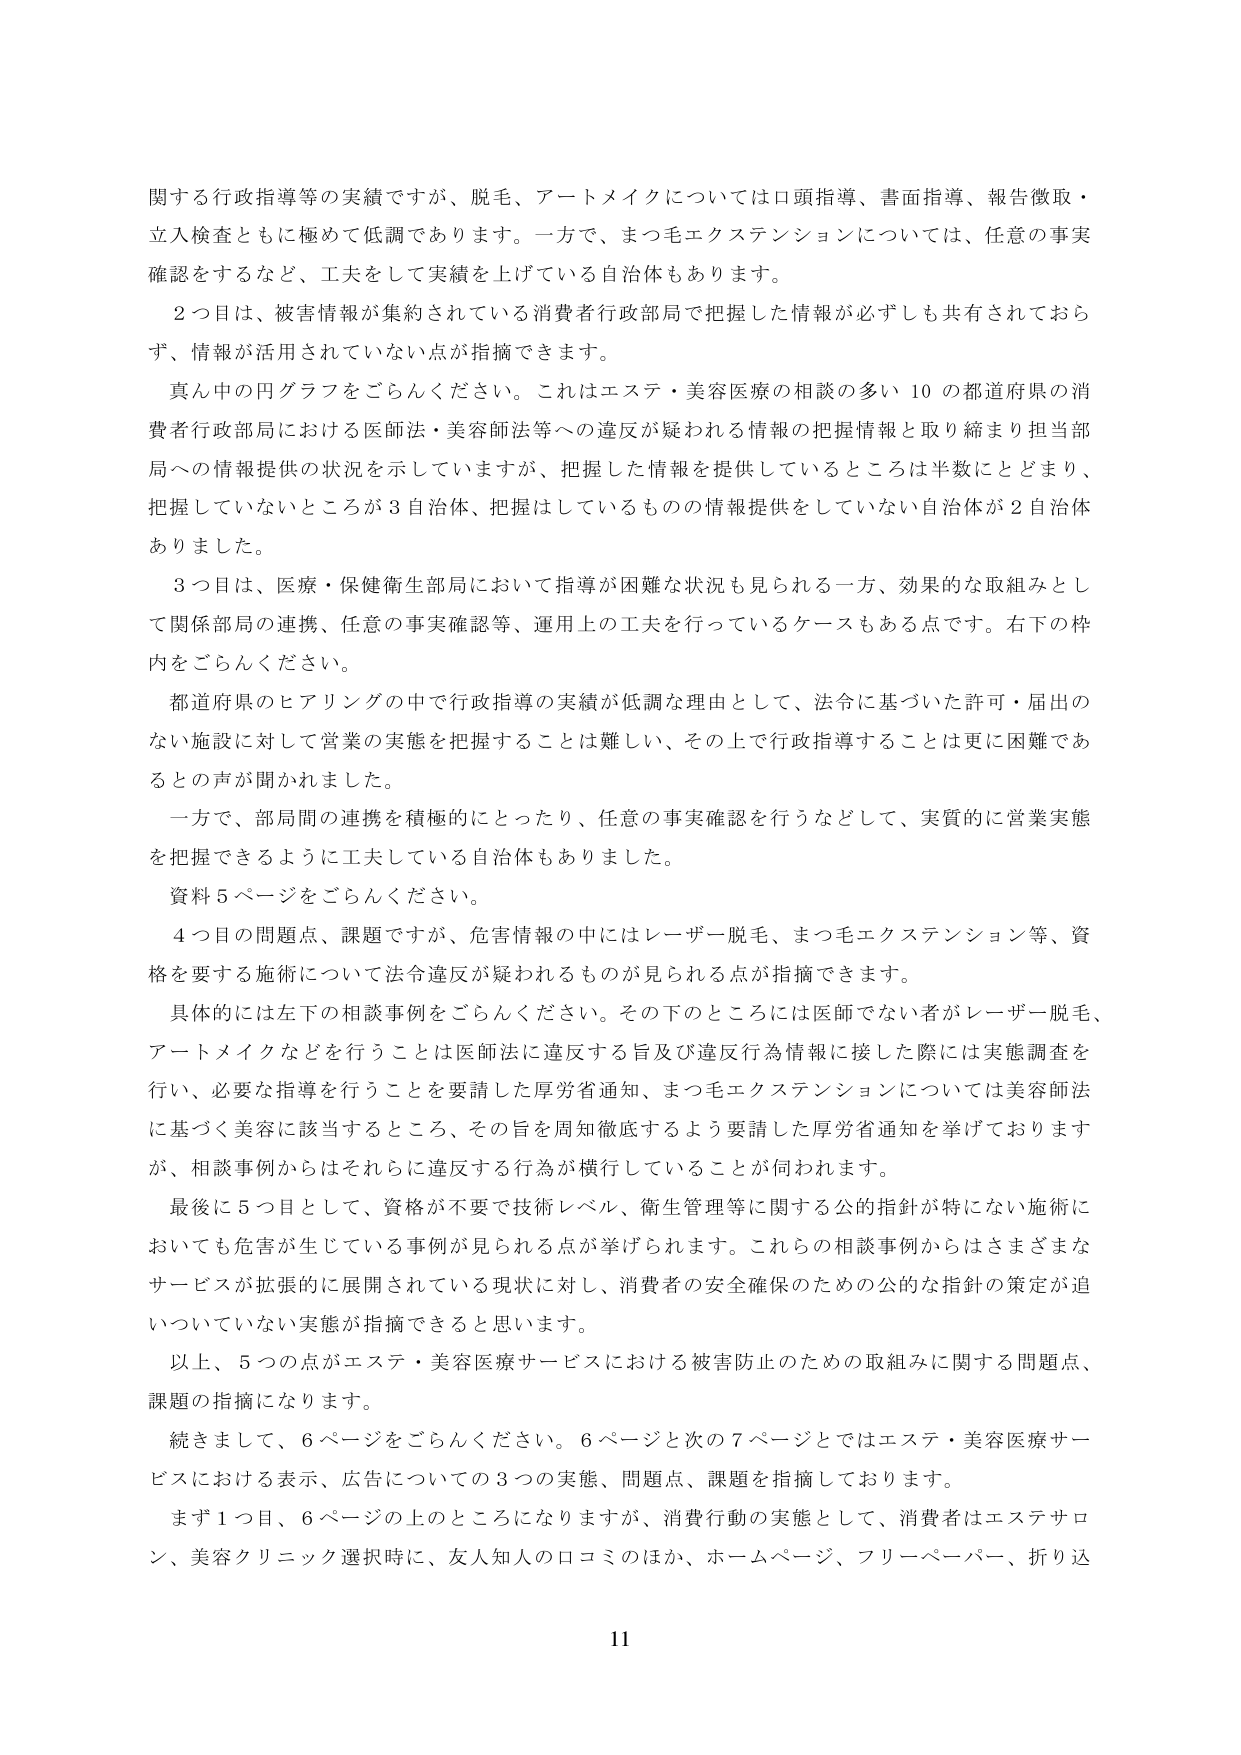
関する行政指導等の実績ですが、脱毛、アートメイクについては口頭指導、書面指導、報告徴取・立入検査ともに極めて低調であります。一方で、まつ毛エクステンションについては、任意の事実確認をするなど、工夫をして実績を上げている自治体もあります。

２つ目は、被害情報が集約されている消費者行政部局で把握した情報が必ずしも共有されておらず、情報が活用されていない点が指摘できます。

真ん中の円グラフをごらんください。これはエステ・美容医療の相談の多い10の都道府県の消費者行政部局における医師法・美容師法等への違反が疑われる情報の把握情報と取り締まり担当部局への情報提供の状況を示していますが、把握した情報を提供しているところは半数にとどまり、把握していないところが3自治体、把握はしているものの情報提供をしていない自治体が2自治体ありました。

３つ目は、医療・保健衛生部局において指導が困難な状況も見られる一方、効果的な取組みとして関係部局の連携、任意の事実確認等、運用上の工夫を行っているケースもある点です。右下の枠内をごらんください。

都道府県のヒアリングの中で行政指導の実績が低調な理由として、法令に基づいた許可・届出のない施設に対して営業の実態を把握することは難しい、その上で行政指導することは更に困難であるとの声が聞かれました。

一方で、部局間の連携を積極的に行ったり、任意の事実確認を行うなどして、実質的に営業実態を把握できるように工夫している自治体もありました。

資料5ページをごらんください。

４つ目の問題点、課題ですが、危害情報の中にはレーザー脱毛、まつ毛エクステンション等、資格を要する施術について法令違反が疑われるものが見られる点が指摘できます。

具体的には左下の相談事例をごらんください。その下のところには医師でない者がレーザー脱毛、アートメイクなどを行うことは医師法に違反する旨及び違反行為情報に接した際には実態調査を行い、必要な指導を行うことを要請した厚労省通知、まつ毛エクステンションについては美容師法に基づく美容に該当するところ、その旨を周知徹底するよう要請した厚労省通知を挙げておりますが、相談事例からはそれらに違反する行為が横行していることが伺われます。

最後に５つ目として、資格が不要で技術レベル、衛生管理等に関する公的指針が特にない施術においても危害が生じている事例が見られる点が挙げられます。これらの相談事例からはさまざまなサービスが拡張的に展開されている現状に対し、消費者の安全確保のための公的な指針の策定が追いついていない実態が指摘できると思います。

以上、５つの点がエステ・美容医療サービスにおける被害防止のための取組みに関する問題点、課題の指摘になります。

続きまして、6ページをごらんください。6ページと次の7ページとではエステ・美容医療サービスにおける表示、広告についての3つの実態、問題点、課題を指摘しております。

まず1つ目、6ページの上のところになりますが、消費行動の実態として、消費者はエステサロン、美容クリニック選択時に、友人知人の口コミのほか、ホームページ、フリーペーパー、折り込

11